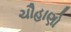
ચૌહાણો